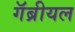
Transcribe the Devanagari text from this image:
गॅब्रीयल